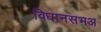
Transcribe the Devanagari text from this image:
विधानसभअ